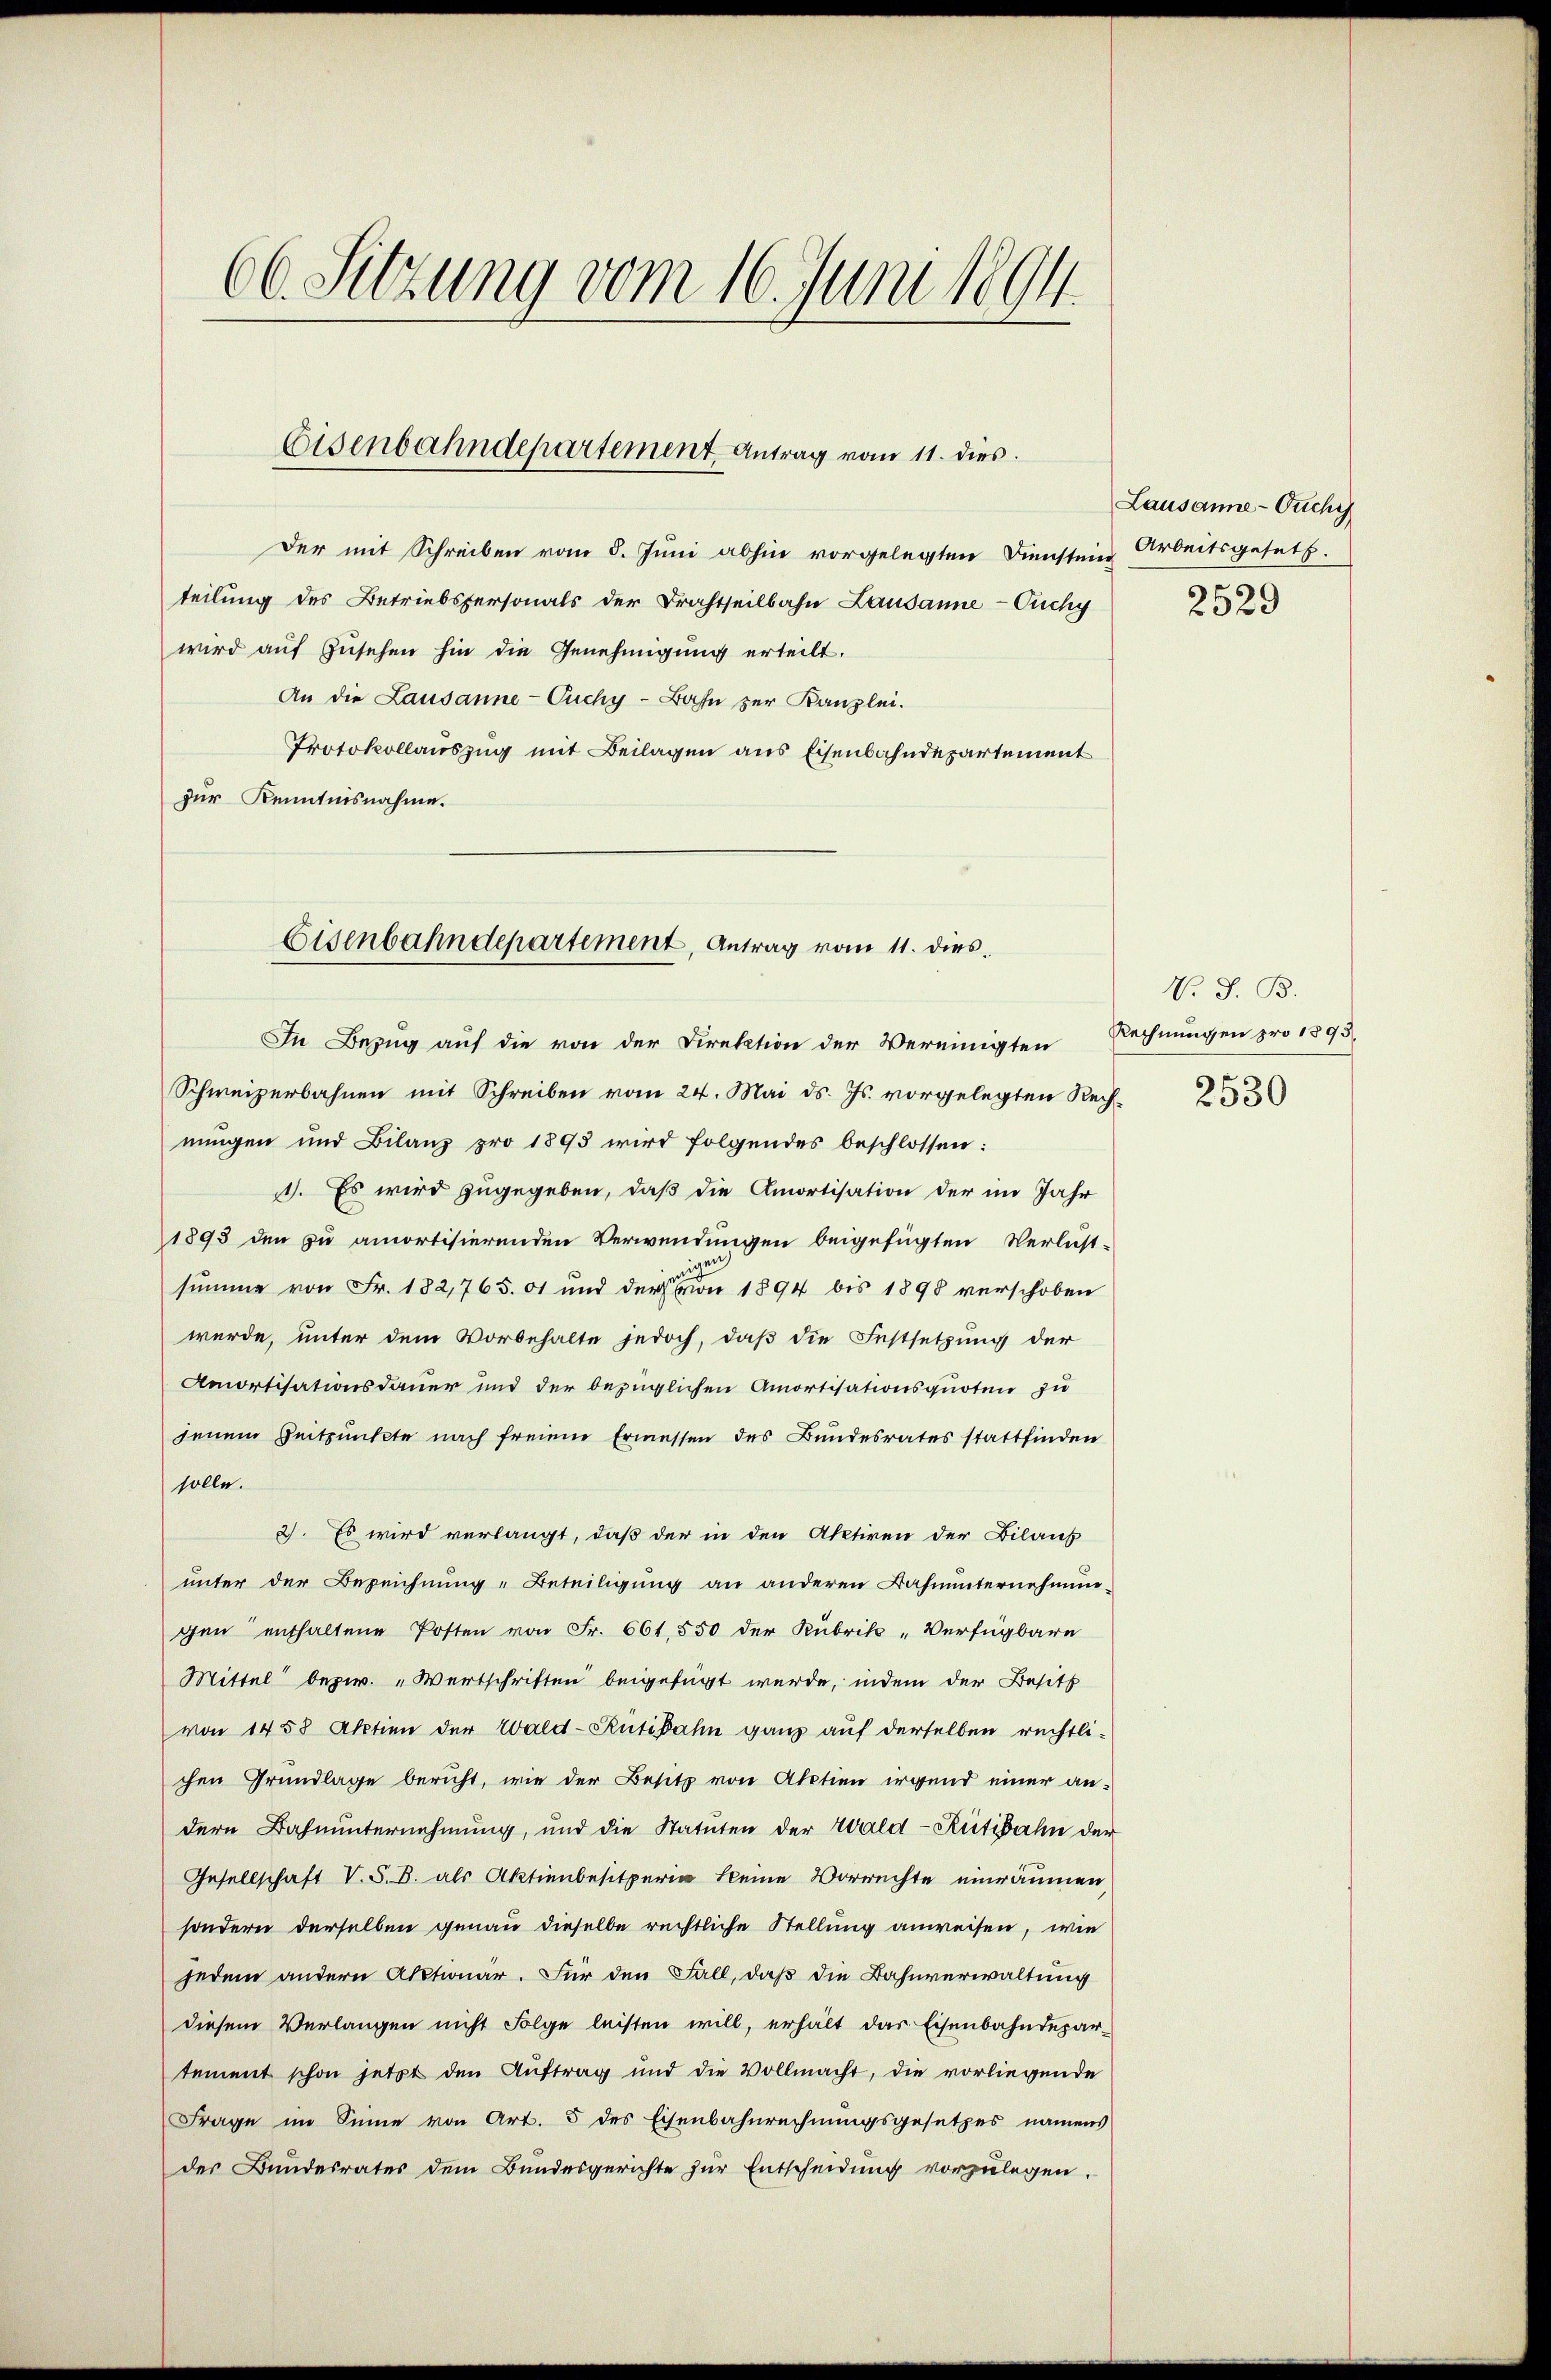
66. Sitzung vom 16. Juni 1894.

Der mit Schreiben vom 5. Juni abhin vorgelegten Dienstein Arbeitsgesetz.
teilung des Betriebspersonals der Drahtseilbahn Lausanne-Cichy
wird auf zusehen hin die Genehmigung erteilt.
An die Lausanne-Cuchy-Bahn zur Kanzlei.
Protokollauszug mit Beilagen aus Eisenbahndepartement
zur Kenntnisnahme.

Eisenbahndepartement Antrag vom 11. dies

Eisenbahndepartement, Antrag vom 11. dies.

Schweizerbahnen mit Schreiben vom 24. Mai d. Js. vorgelegten Rechnungen und Bilanz pro 1893 wird folgendes beschlossen:
1. Es wird zugegeben, daß die Amortisation der im Jahr
1893 den zu amortisierenden Verwendungen beigefügten Verlust-
summe von Fr. 182,765. 61 und der er 1894 bis 1898 verschoben
wurde, unter dem Vorbehalte jedoch, daß die Festsetzung der
Amortisationsdauer und der bezüglichen Amortisationsquoten zu
jenem Zeitpunkte nach freiene Ermessen des Bundesrates stattfinden
solle.
2. Es wird verlangt, daß der in den Aketiren der Bilauf
unter der Bezeichnung "Beteiligung an anderen Bahnunternehmun
gen enthaltene Posten von Fr. 661. 550 der Rubrik „Verfügbare
Mittel bezw. „Wertschriften beigefügt werde, indem der Besitz
von 1458 Aktien der Wald-Rütibahn ganz auf derselben rechtli-
chen Grundlage beruht, wie der Besitz von Aktien irgend einer andern Bahnunternehmung, und die Statuten der Wald-Rütibahn der
Gesellschaft V. S. B. als Aktienbesitzerin kleine Vorrechte einräumen,
sondern derselben genau dieselbe rechtliche Stellung anweisen, wie
jedem andern Aktionär. Für den Fall, daß die Bahnverwaltung
diesem Verlangen nicht Folge leisten will, erhält das Eisenbahndepar-
tement schon jetzt den Auftrag und die Vollmacht, die vorliegende
Frage im Sinne von Art. 5 des Eisenbahnrechnungsgesetzes namens
des Bundesrates dem Bundesgerichte zur Entscheidung vorzulegen.

In Bezug auf die von der Direktion der Vereinigten Rechnungen pro 1893

Lausanne - Ouchy

2529

V. S. B.

2530